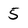
Character: 5